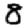
Digit: 8